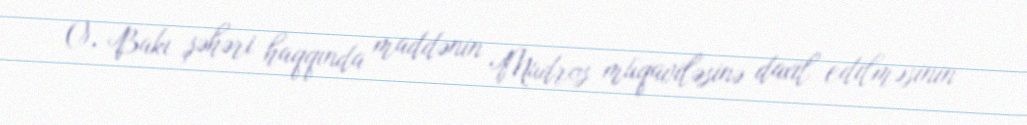
O, Bakı şəhəri haqqında maddənin Mudros müqaviləsinə daxil edilməsinin